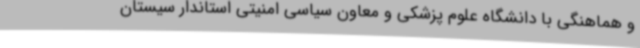
و هماهنگی با دانشگاه علوم پزشکی و معاون سیاسی امنیتی استاندار سیستان